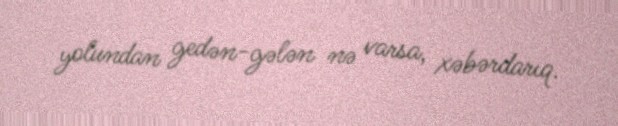
yolundan gedən-gələn nə varsa, xəbərdarıq.